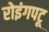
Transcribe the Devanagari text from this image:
रोइंगपटू